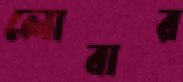
লোবার